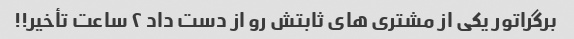
برگراتور یکى از مشترى هاى ثابتش رو از دست داد ٢ ساعت تأخیر!!